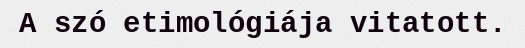
A szó etimológiája vitatott.